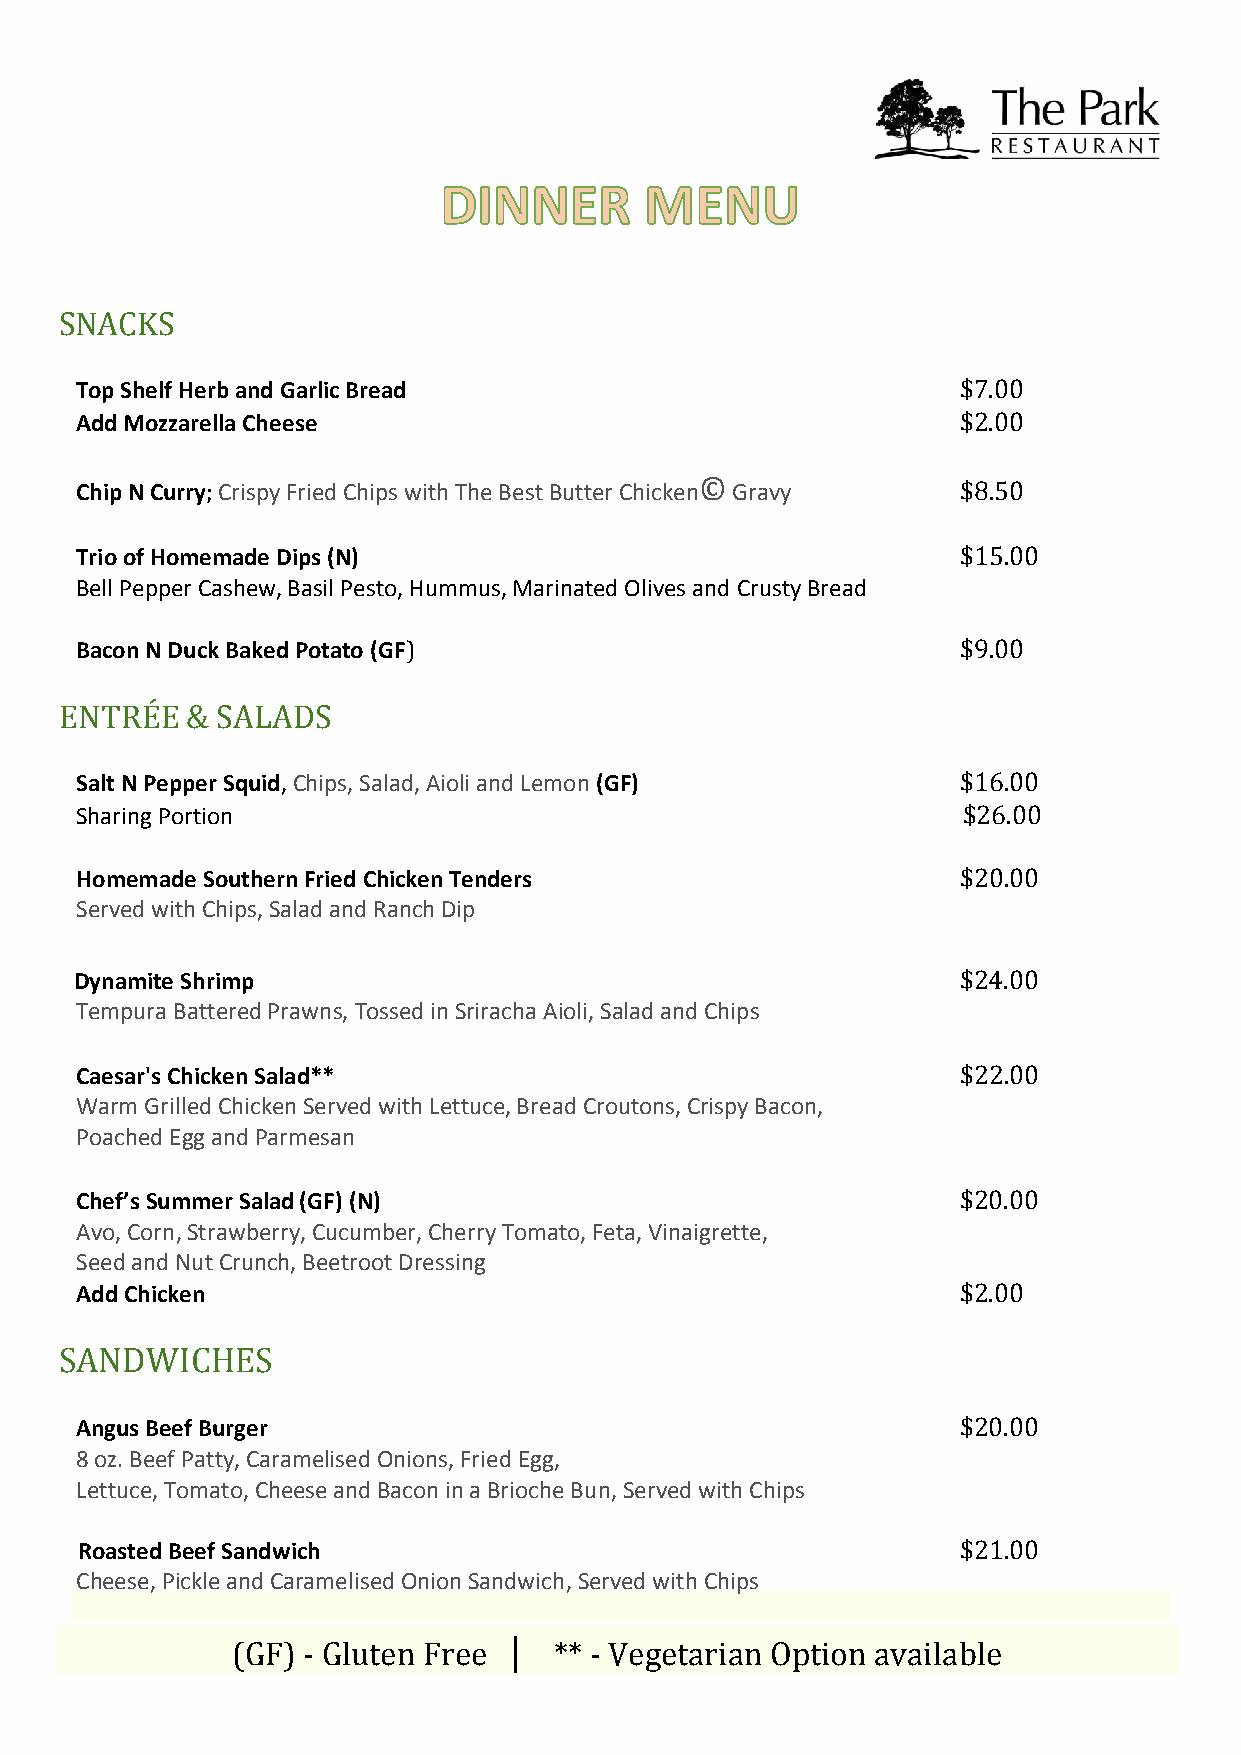
SNACKS
 Top Shelf Herb and Garlic Bread                            $7.00
 Add Mozzarella Cheese                                      $2.00
 Chip N Curry; Crispy Fried Chips with The Best Butter Chicken© Gravy $8.50
 Trio of Homemade Dips (N)                                  $15.00
 Bell Pepper Cashew, Basil Pesto, Hummus, Marinated Olives and Crusty Bread
 Bacon N Duck Baked Potato (GF)                             $9.00
 ENTRÉE  & SALADS
 Salt N Pepper Squid, Chips, Salad, Aioli and Lemon (GF)    $16.00
 Sharing Portion                                            $26.00
 Homemade Southern Fried Chicken Tenders                    $20.00
 Served with Chips, Salad and Ranch Dip
 Dynamite Shrimp                                            $24.00
 Tempura Battered Prawns, Tossed in Sriracha Aioli, Salad and Chips
 Caesar's Chicken Salad**                                   $22.00
 Warm Grilled Chicken Served with Lettuce, Bread Croutons, Crispy Bacon,
 Poached Egg and Parmesan
 Chef’s Summer Salad (GF) (N)                               $20.00
 Avo, Corn, Strawberry, Cucumber, Cherry Tomato, Feta, Vinaigrette,
 Seed and Nut Crunch, Beetroot Dressing
 Add Chicken                                                $2.00
 SANDWICHES
 Angus Beef Burger                                          $20.00
 8 oz. Beef Patty, Caramelised Onions, Fried Egg,
 Lettuce, Tomato, Cheese and Bacon in a Brioche Bun, Served with Chips
 Roasted Beef Sandwich                                      $21.00
 Cheese, Pickle and Caramelised Onion Sandwich, Served with Chips
 |
 (GF) - Gluten Free    ** - Vegetarian Option available